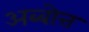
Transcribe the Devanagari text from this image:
अब्बोत्त